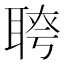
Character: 𦖔